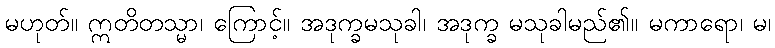
မဟုတ်။ ဣတိတသ္မာ၊ ကြောင့်။ အဒုက္ခမသုခါ၊ အဒုက္ခ မသုခါမည်၏။ မကာရော၊ မ၊